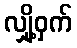
လျှို့ဝှက်